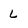
Character: L